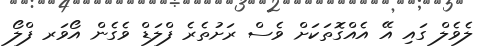
ލެވެލް ގައި އޭ އެއްގޮތަކަށް ވެސް ރަށުތެރެ ފްލަޑް ވެގެން އޯވަރ ފްލޯ